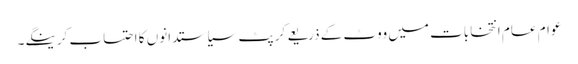
عوام عام انتخابات میں ووٹ کے ذریعے کرپٹ سیاستدانوں کا احتساب کرینگے۔